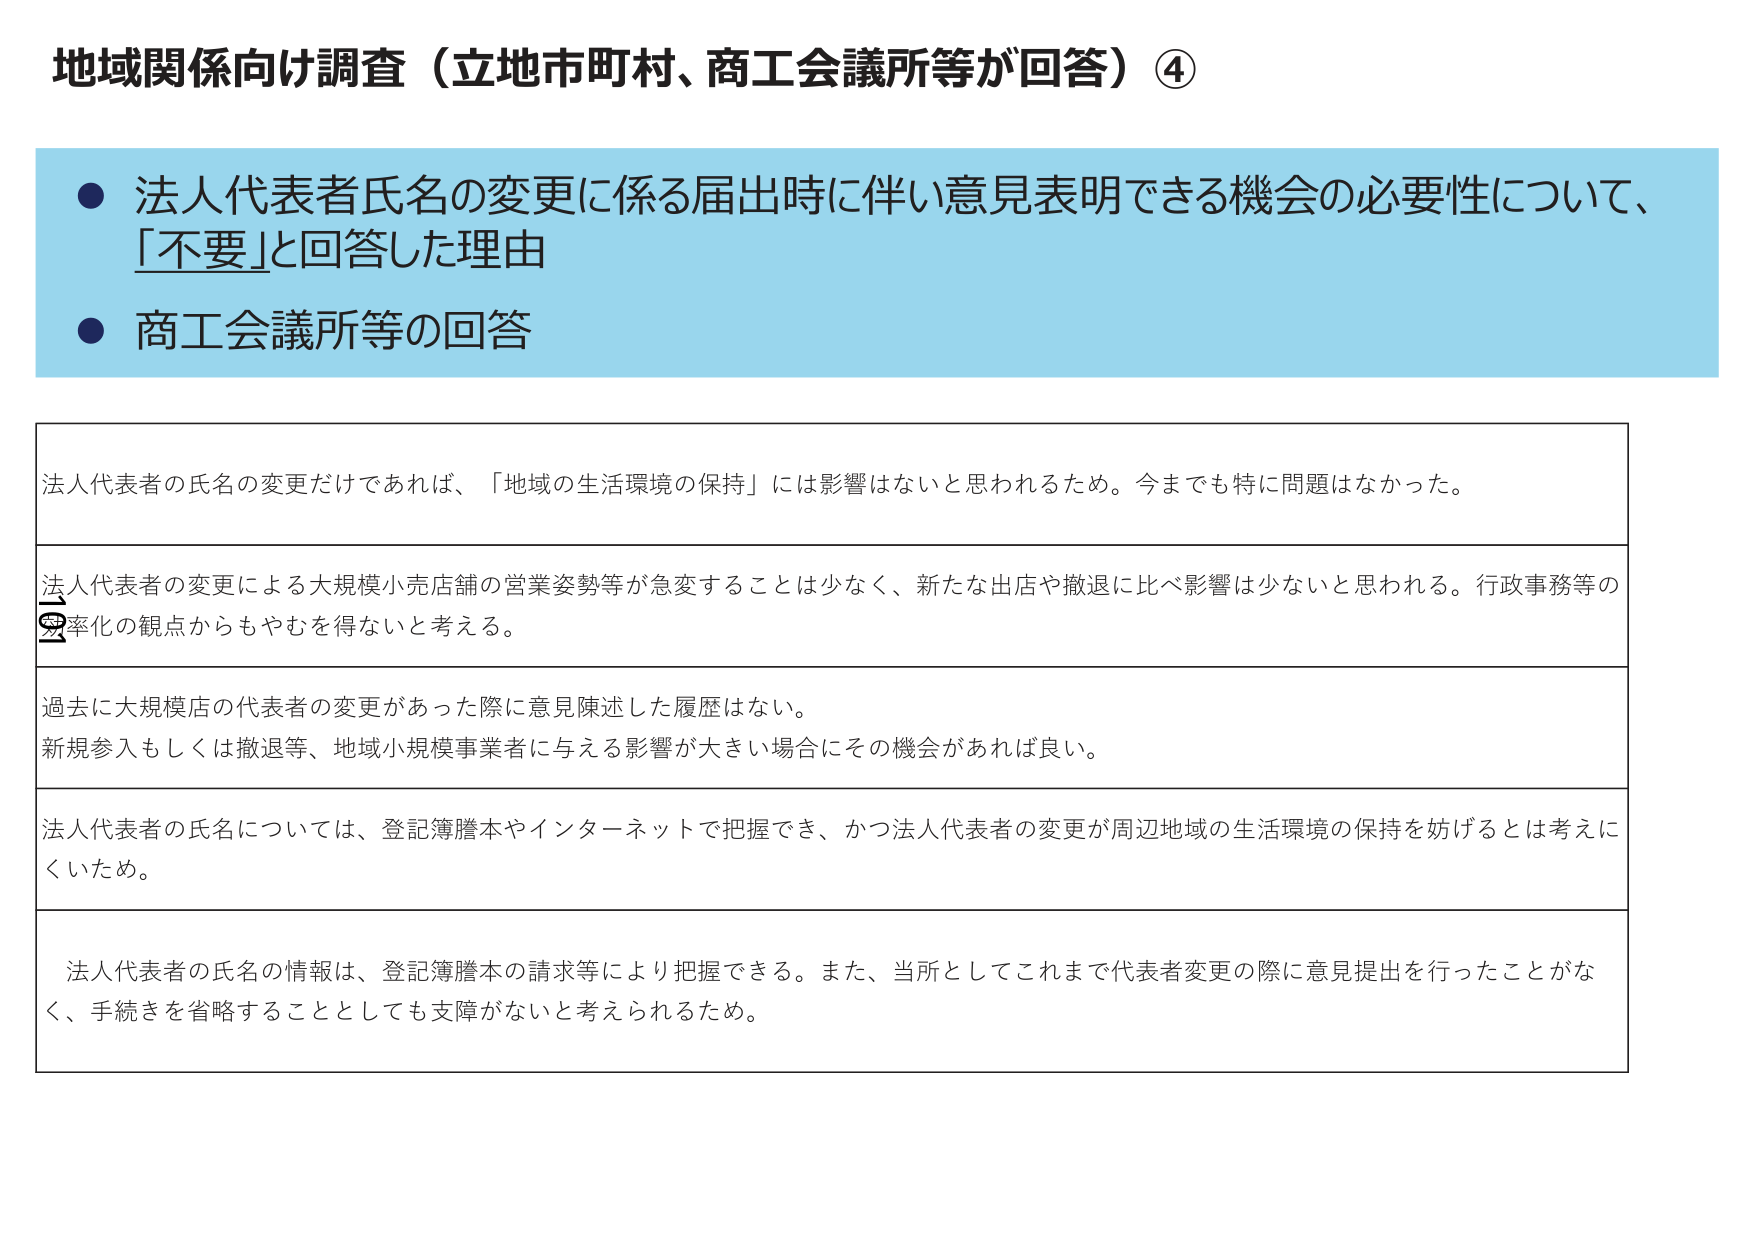
地域関係向け調査（立地市町村、商工会議所等が回答）④

● 法人代表者氏名の変更に係る届出時に伴い意見表明できる機会の必要性について、「不要」と回答した理由
● 商工会議所等の回答

法人代表者の氏名の変更だけであれば、「地域の生活環境の保持」には影響はないと思われるため。今までも特に問題はなかった。

法人代表者の変更による大規模小売店舗の営業姿勢等が急変することは少なく、新たな出店や撤退に比べ影響は少ないと思われる。行政事務等の効率化の観点からもやむを得ないと考える。

過去に大規模店の代表者の変更があった際に意見陳述した履歴はない。
新規参入もしくは撤退等、地域小規模事業者に与える影響が大きい場合にその機会があれば良い。

法人代表者の氏名については、登記簿謄本やインターネットで把握でき、かつ法人代表者の変更が周辺地域の生活環境の保持を妨げるとは考えにくいため。

法人代表者の氏名の情報は、登記簿謄本の請求等により把握できる。また、当所としてこれまで代表者変更の際に意見提出を行ったことがなく、手続きを省略することとしても支障がないと考えられるため。